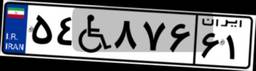
۱۸W۸۲۷۴۶